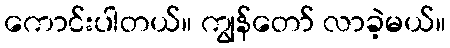
ကောင်းပါတယ်။ ကျွန်တော် လာခဲ့မယ်။